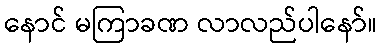
နောင် မကြာခဏ လာလည်ပါနော်။